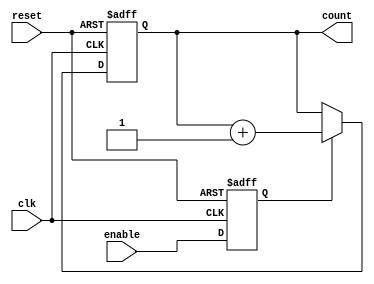
module binary_up_counter_enable (
    input clk,
    input reset,
    input enable,
    output reg [3:0] count
);

// Synchronization block for enable signal
reg enable_sync;
always @(posedge clk or posedge reset) begin
    if (reset) begin
        enable_sync <= 1'b0;
    end else begin
        enable_sync <= enable;
    end
end

// Binary up counter with enable
always @(posedge clk or posedge reset) begin
    if (reset) begin
        count <= 4'b0000;
    end else begin
        if (enable_sync) begin
            count <= count + 1;
        end
    end
end

endmodule